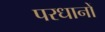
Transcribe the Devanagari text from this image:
परधानों